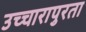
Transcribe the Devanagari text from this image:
उच्चारापुरता